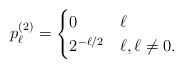
\begin{align*}p_{\ell}^{(2)} = \begin{cases}0 & \ell \\2^{-\ell/2} & \ell , \ell \neq 0.\end{cases}\end{align*}